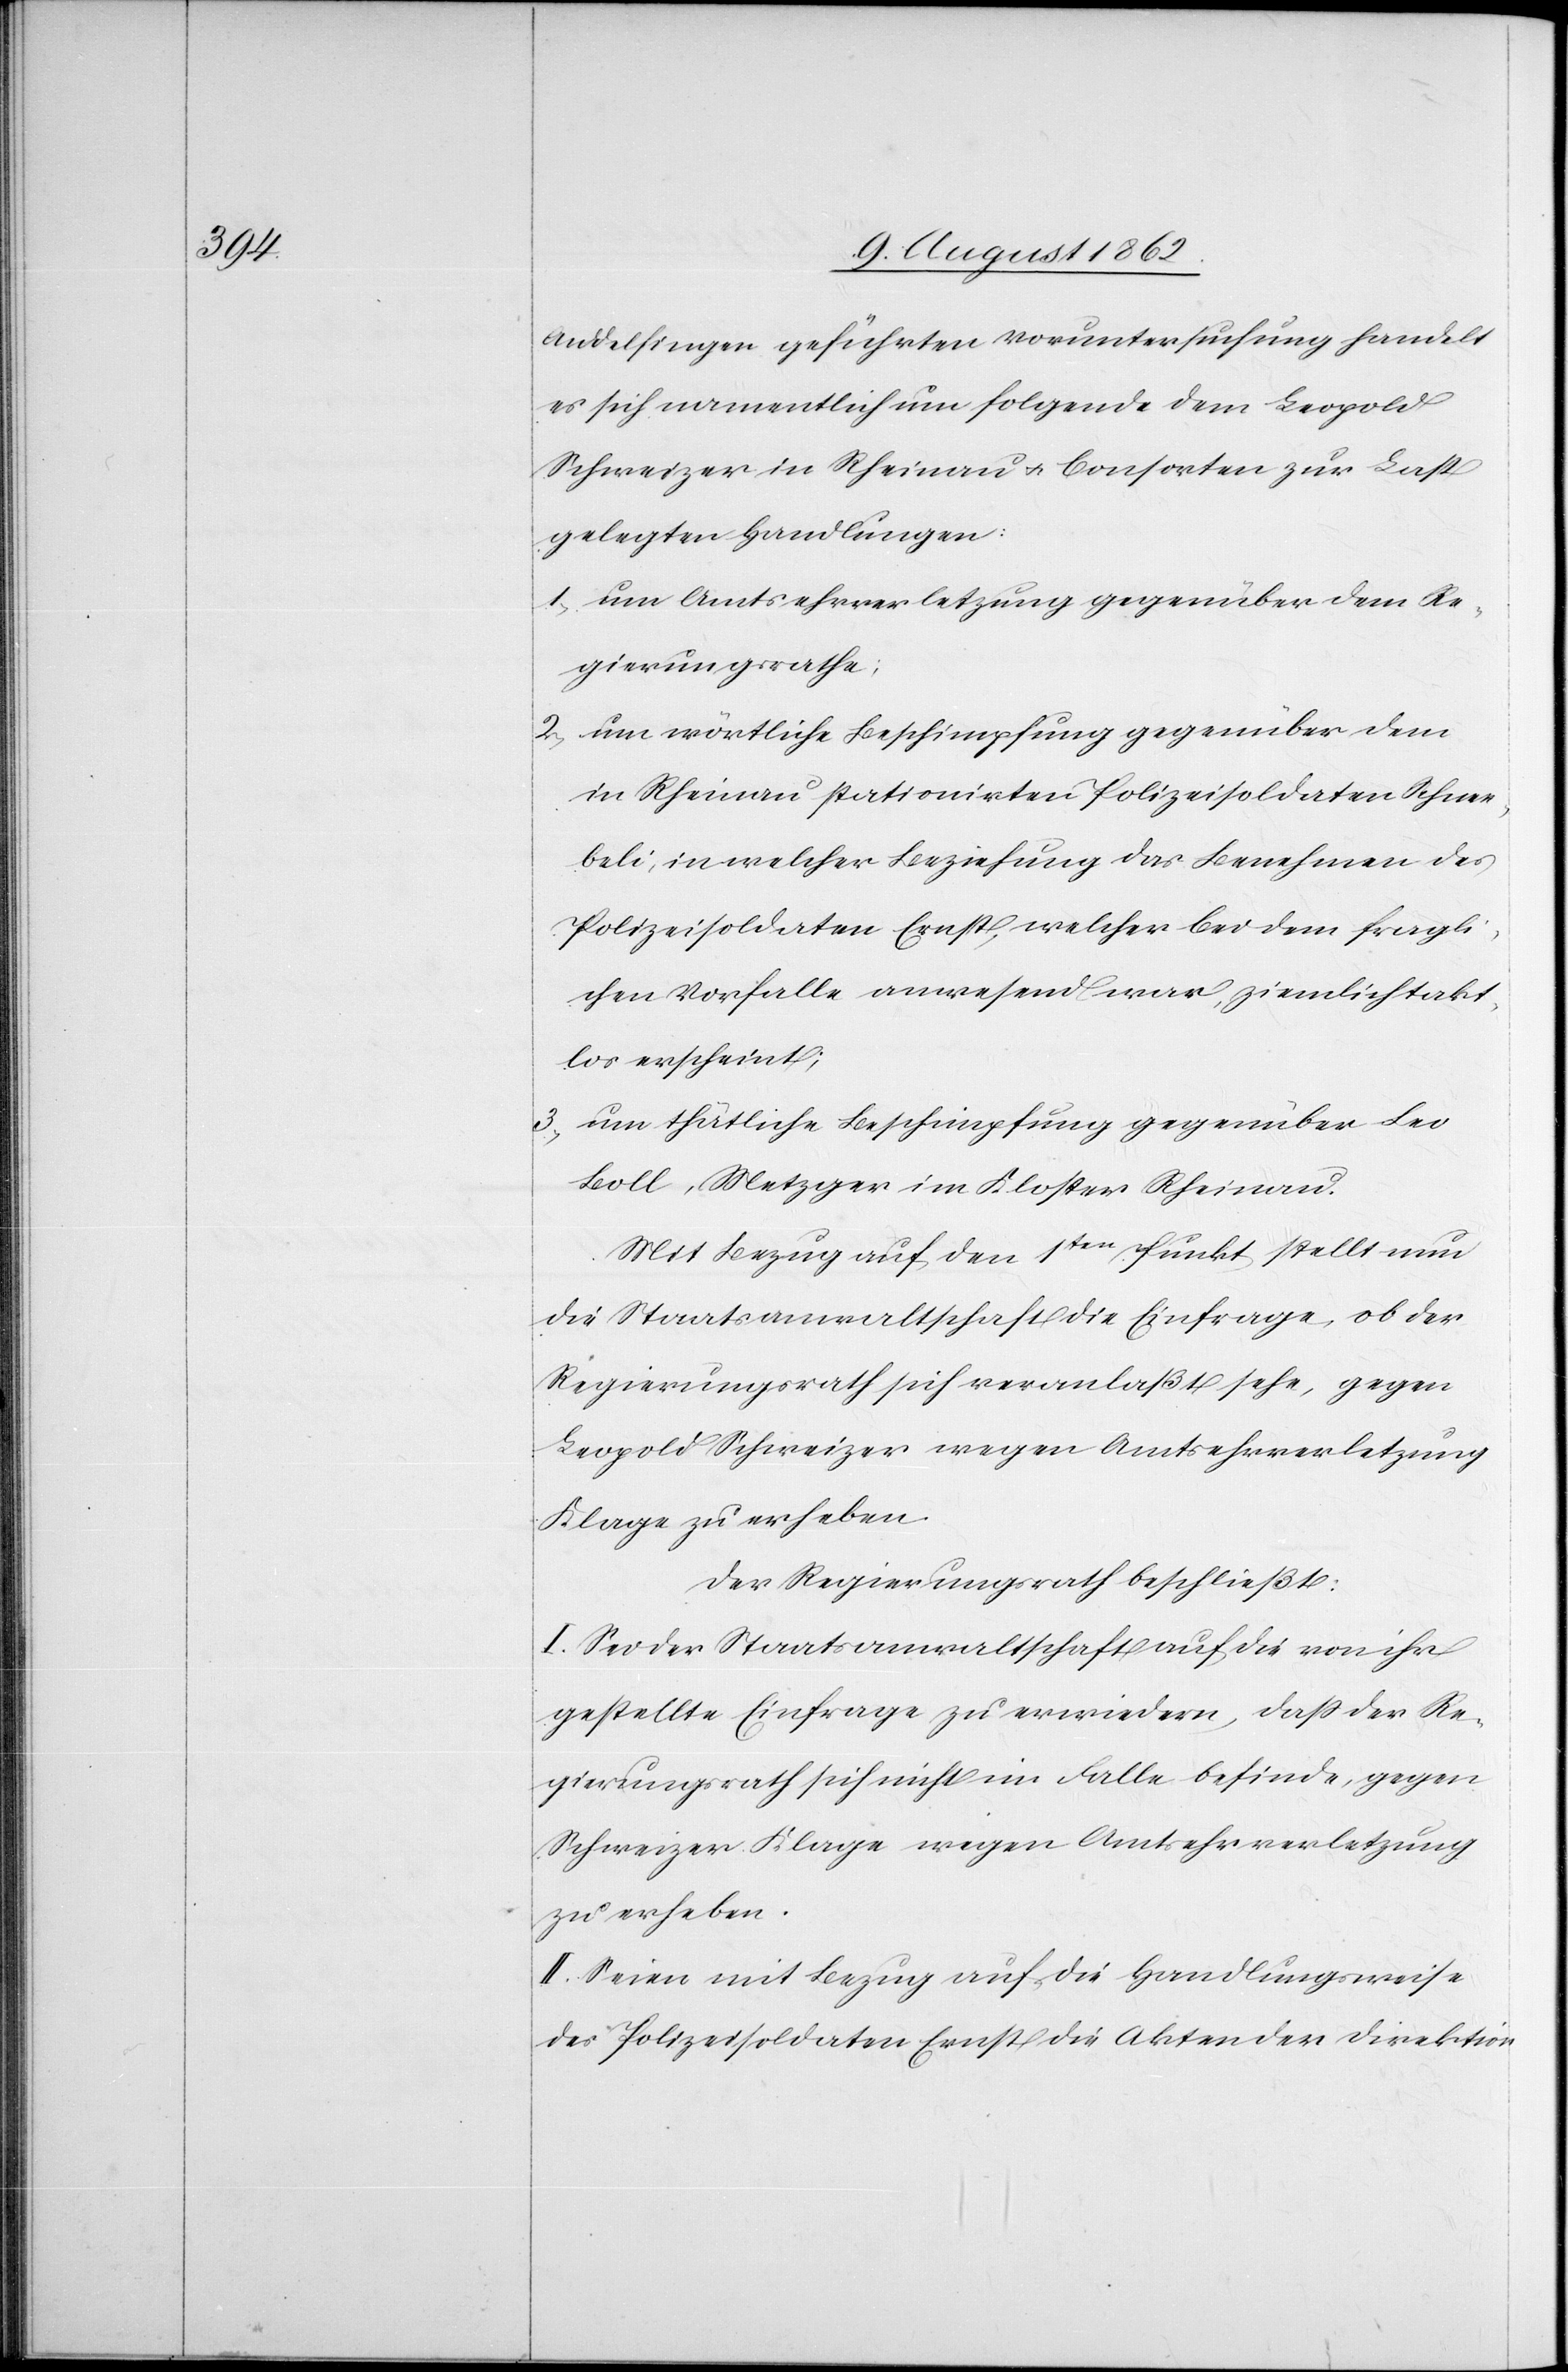
Andelfingen geführten Voruntersuchung handelt
es sich namentlich um folgende dem Leopold
Schweizer in Rheinau u. Consorten zur Last
gelegten Handlungen:
1. um Amtsehrverletzung gegenüber dem Re¬
gierungsrathe;
2. um wörtliche Beschimpfung gegenüber dem
in Rheinau stationirten Polizeisoldaten Schnee¬
beli, in welcher Beziehung das Benehmen des
Polizeisoldaten Ernst, welcher bei dem fragli¬
chen Vorfalle anwesend war, ziemlich takt¬
los erscheint;
3. um thätliche Beschimpfung gegenüber Leo
Boll, Metzger im Kloster Rheinau.
Mit Bezug auf den 1ten Punkt stellt nun
die Staatsanwaltschaft die Einfrage, ob der
Regierungsrath sich veranlaßt sehe, gegen
Leopold Schweizer wegen Amtsehrverletzung
Klage zu erheben.
Der Regierungsrath beschließt:
I. Sei der Staatsanwaltschaft auf die von ihr
gestellte Einfrage zu erwiedern, daß der Re¬
gierungsrath sich nicht im Falle befinde, gegen
Schweizer Klage wegen Amtsehrverletzung
zu erheben.
II. Seien mit Bezug auf die handlungsweise
des Polizeisoldaten Ernst die Akten der Direktion